Emmaste_vallavalitsus, lk 45
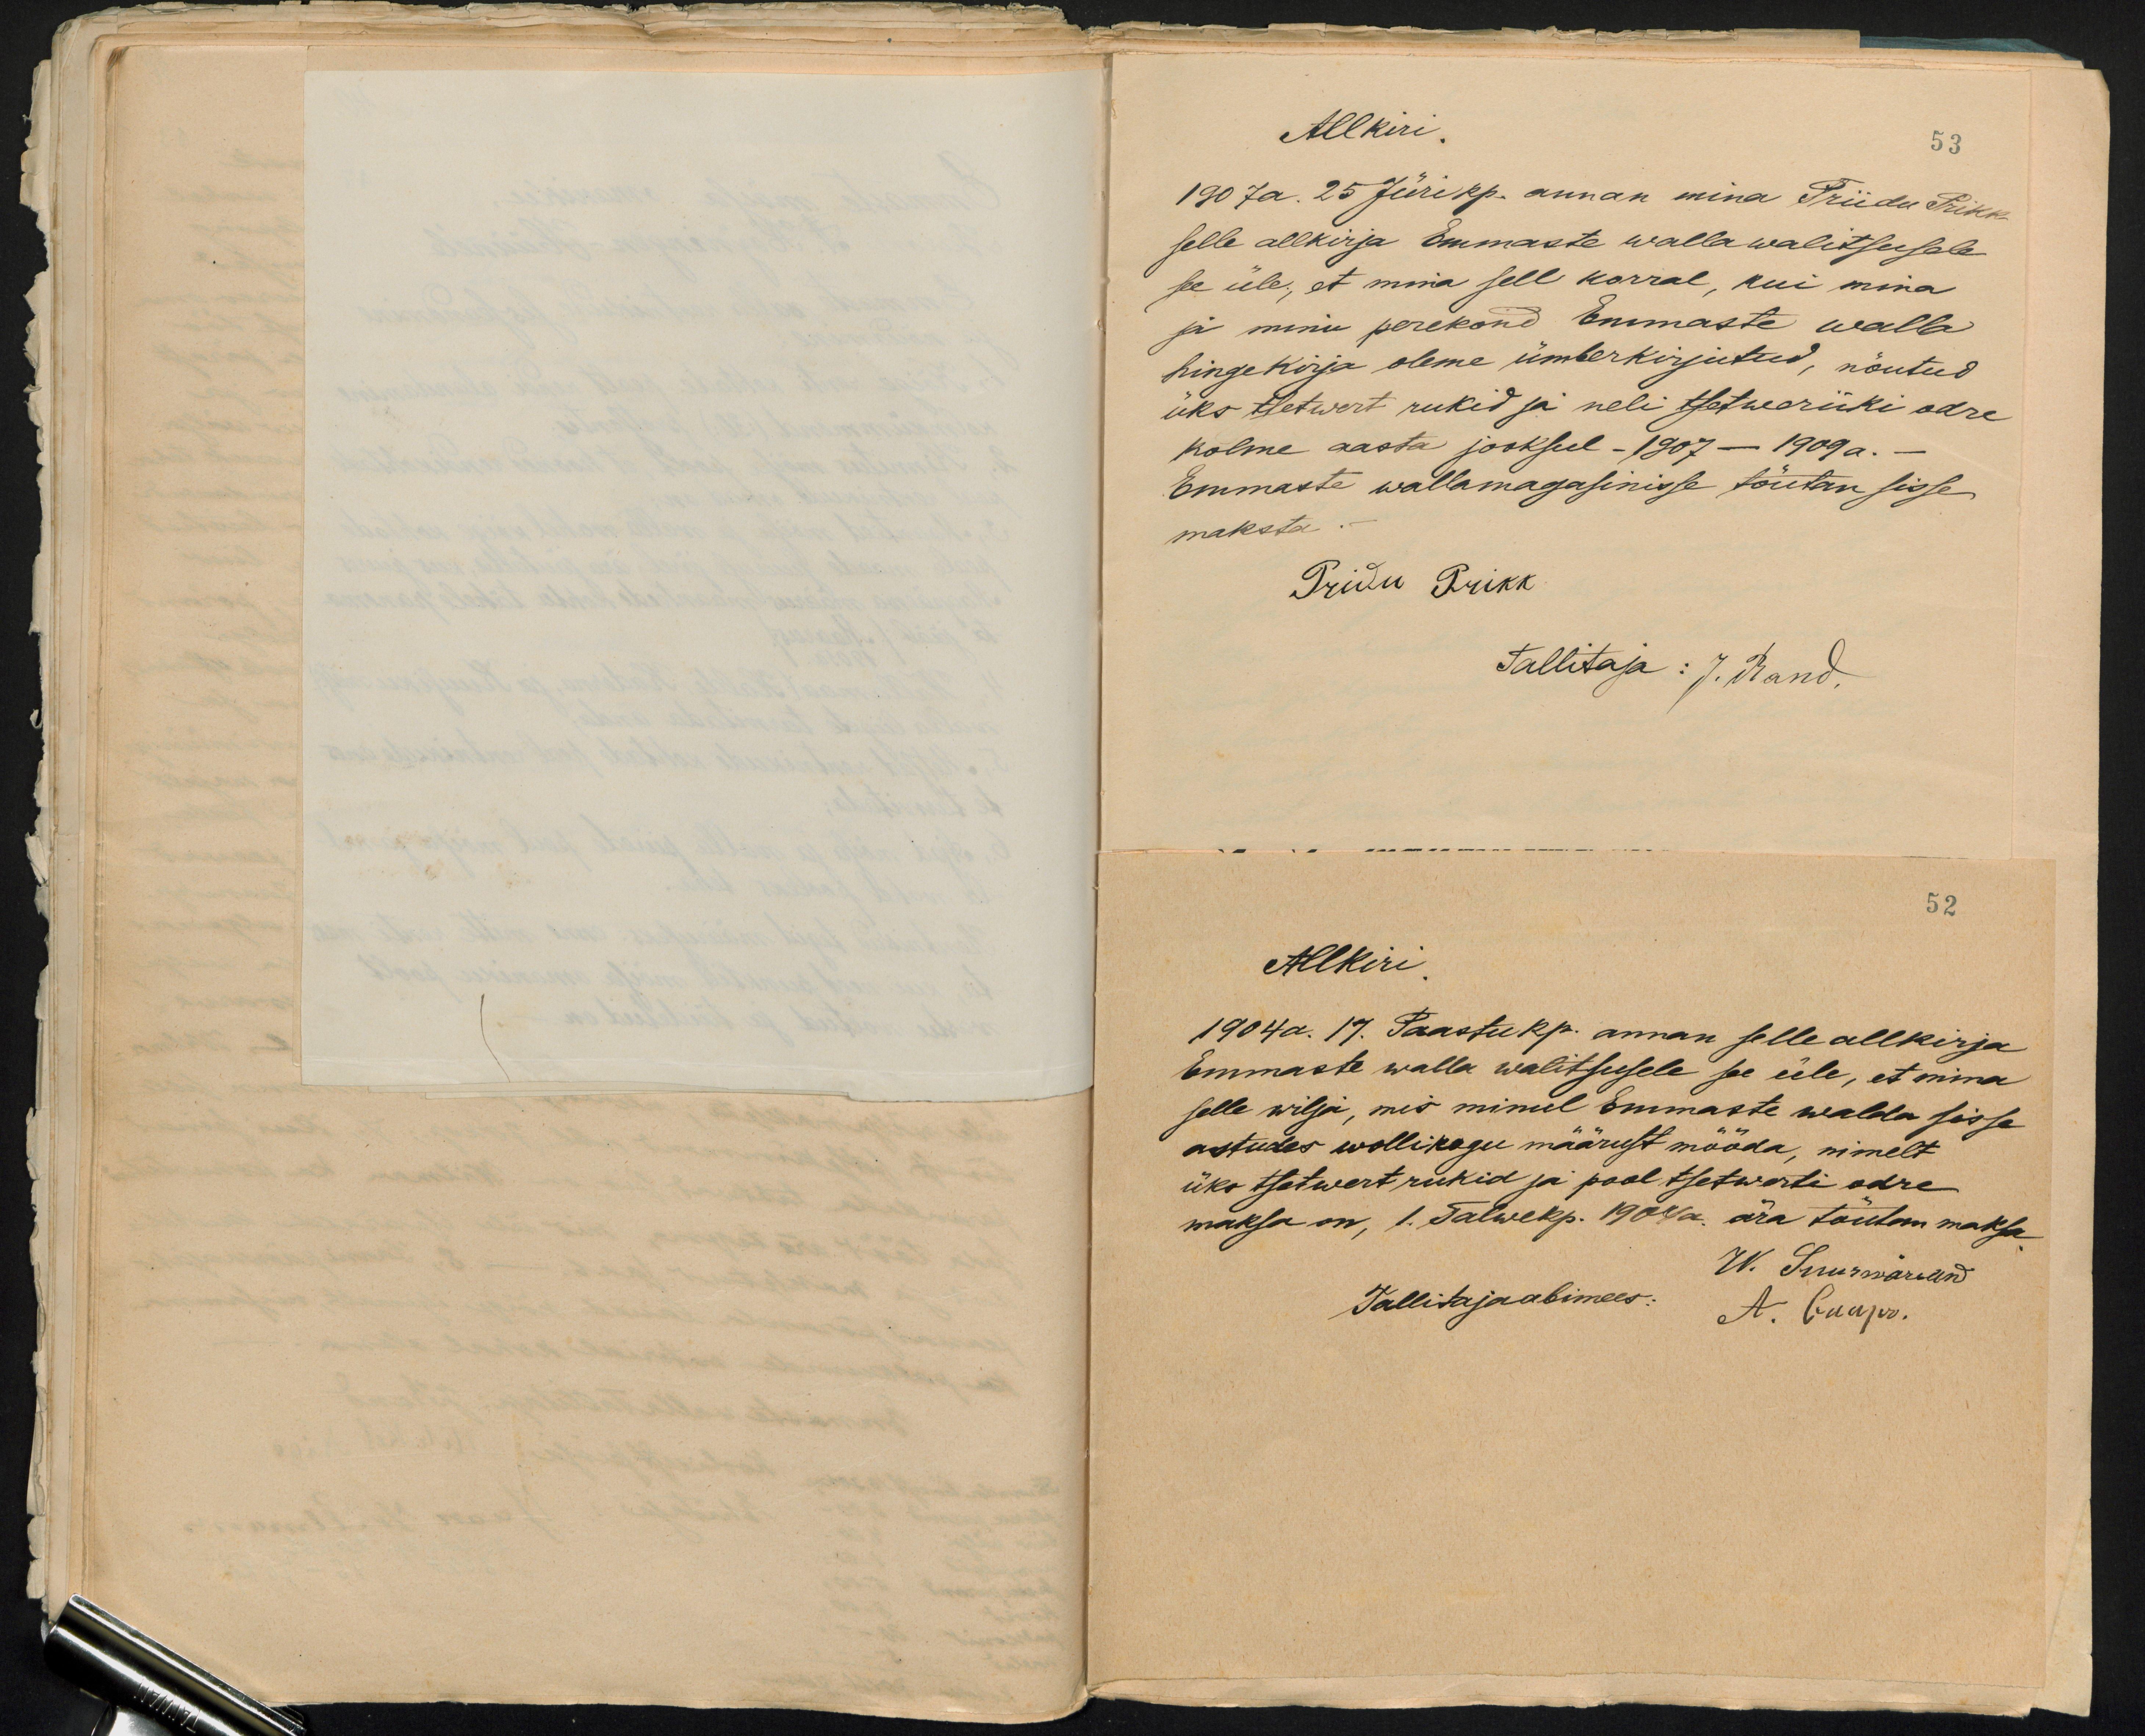
Allkiri.
53
1907 a. 25 Jüri kp. annan mina Priidu Prikk
selle allkirja Emmaste walla walitsusele
see üle, et mina sell korral, kui mina
ja minu perekond Emmaste walla
hingekirja oleme ümberkirjutud, nõutud
üks tsetwert rukid ja neli tsetweriiki odre
kolme aasta jooksul - 1907 - 1909 a.-
Emmaste wallamagasinisse tõutan sisse
maksta.
Pridu Prikk
Tallitaja: J. Rand.

52
Allkiri
1904 a. 17. Paastu kp. annan selle allkirja
Emmaste walla walitsusele see üle, et mina
selle wilja, mis minul Emmaste walda sisse
astudes wollikogu määrust mööda, nimelt:
üks tsatwert rukid ja pool tsetwerti odre
maksa on, 1. Talwekp. 1904 a. ära tõutan maksa
W. Suurwarwand
Tallitajaabimees:
A. Lauper.